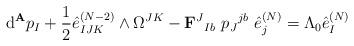
LaTeX: \begin{align*} \hbox{d}^\mathbf{A} p_I + \frac{1}{2}\hat{e}^{(N-2)}_{IJK}\wedge\Omega^{JK} - \mathbf{F}{^J}_{Ib}\ p{_J}^{jb}\ \hat{e}^{(N)}_j= \Lambda_0\hat{e}^{(N)}_I\end{align*}